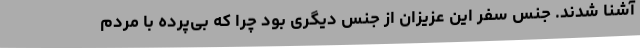
آشنا شدند. جنس سفر این عزیزان از جنس دیگری بود چرا که بی‌پرده با مردم